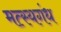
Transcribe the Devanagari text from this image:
मत्स्यगंध